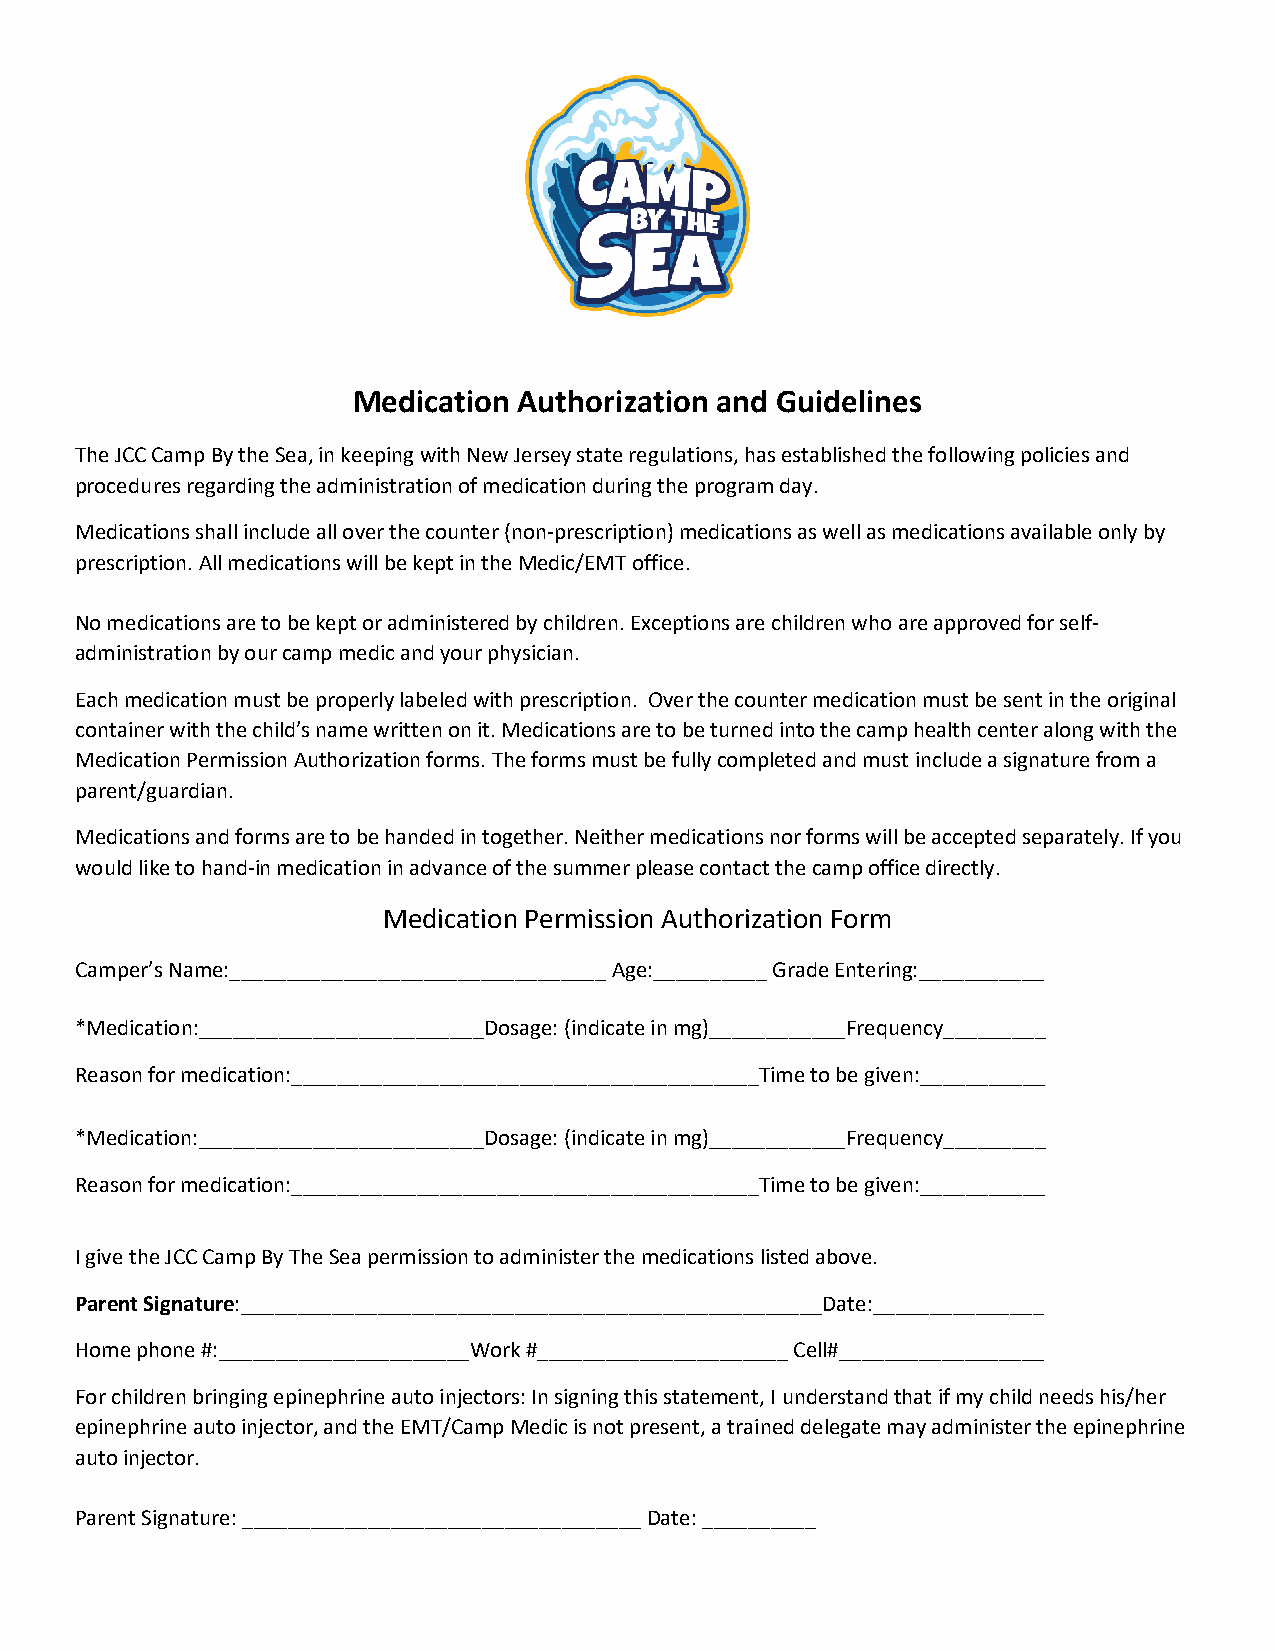
Medication Authorization and Guidelines
 The JCC Camp By the Sea, in keeping with New Jersey state regulations, has established the following policies and
 procedures regarding the administration of medication during the program day.
 Medications shall include all over the counter (non-prescription) medications as well as medications available only by
 prescription. All medications will be kept in the Medic/EMT office.
 No medications are to be kept or administered by children. Exceptions are children who are approved for self-
 administration by our camp medic and your physician.
 Each medication must be properly labeled with prescription. Over the counter medication must be sent in the original
 container with the child’s name written on it. Medications are to be turned into the camp health center along with the
 Medication Permission Authorization forms. The forms must be fully completed and must include a signature from a
 parent/guardian.
 Medications and forms are to be handed in together. Neither medications nor forms will be accepted separately. If you
 would like to hand-in medication in advance of the summer please contact the camp office directly.
 Medication Permission Authorization Form
 Camper’s Name:_________________________________ Age:__________Grade Entering:___________
 *Medication:_________________________Dosage: (indicate in mg)____________Frequency_________
 Reason for medication:_________________________________________Time to be given:___________
 *Medication:_________________________Dosage: (indicate in mg)____________Frequency_________
 Reason for medication:_________________________________________Time to be given:___________
 I give the JCC Camp By The Sea permission to administer the medications listed above.
 Parent Signature:___________________________________________________Date:_______________
 Home phone #:______________________Work #______________________ Cell#__________________
 For children bringing epinephrine auto injectors: In signing this statement, I understand that if my child needs his/her
 epinephrine auto injector, and the EMT/Camp Medic is not present, a trained delegate may administer the epinephrine
 auto injector.
 Parent Signature:___________________________________ Date:__________